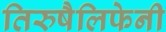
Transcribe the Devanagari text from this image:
तिरुषैलिफेनी